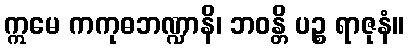
ဣမေ ကကုဓဘဏ္ဍာနိ၊ ဘဝန္တိ ပဉ္စ ရာဇုနံ။